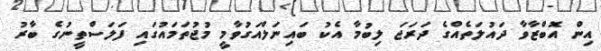
އިން އޮބްޒާވާ ދައުލަތެއްގެ ދަރަޖަ ލިބުމާ އެކު ބައިނަލްއަގުވާމީ މުޖުތަމައުގައި ފަލަސްތީނުގެ ބާރު